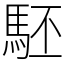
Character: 駓